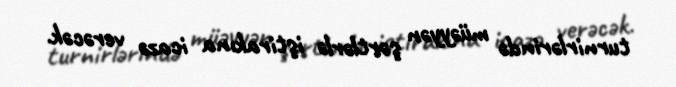
turnirlərində müəyyən şərtlərlə iştirakına icazə verəcək.